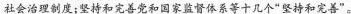
社会治理劙度；坚持和完善党和国家监督体系等十几个“坚持和完善”。